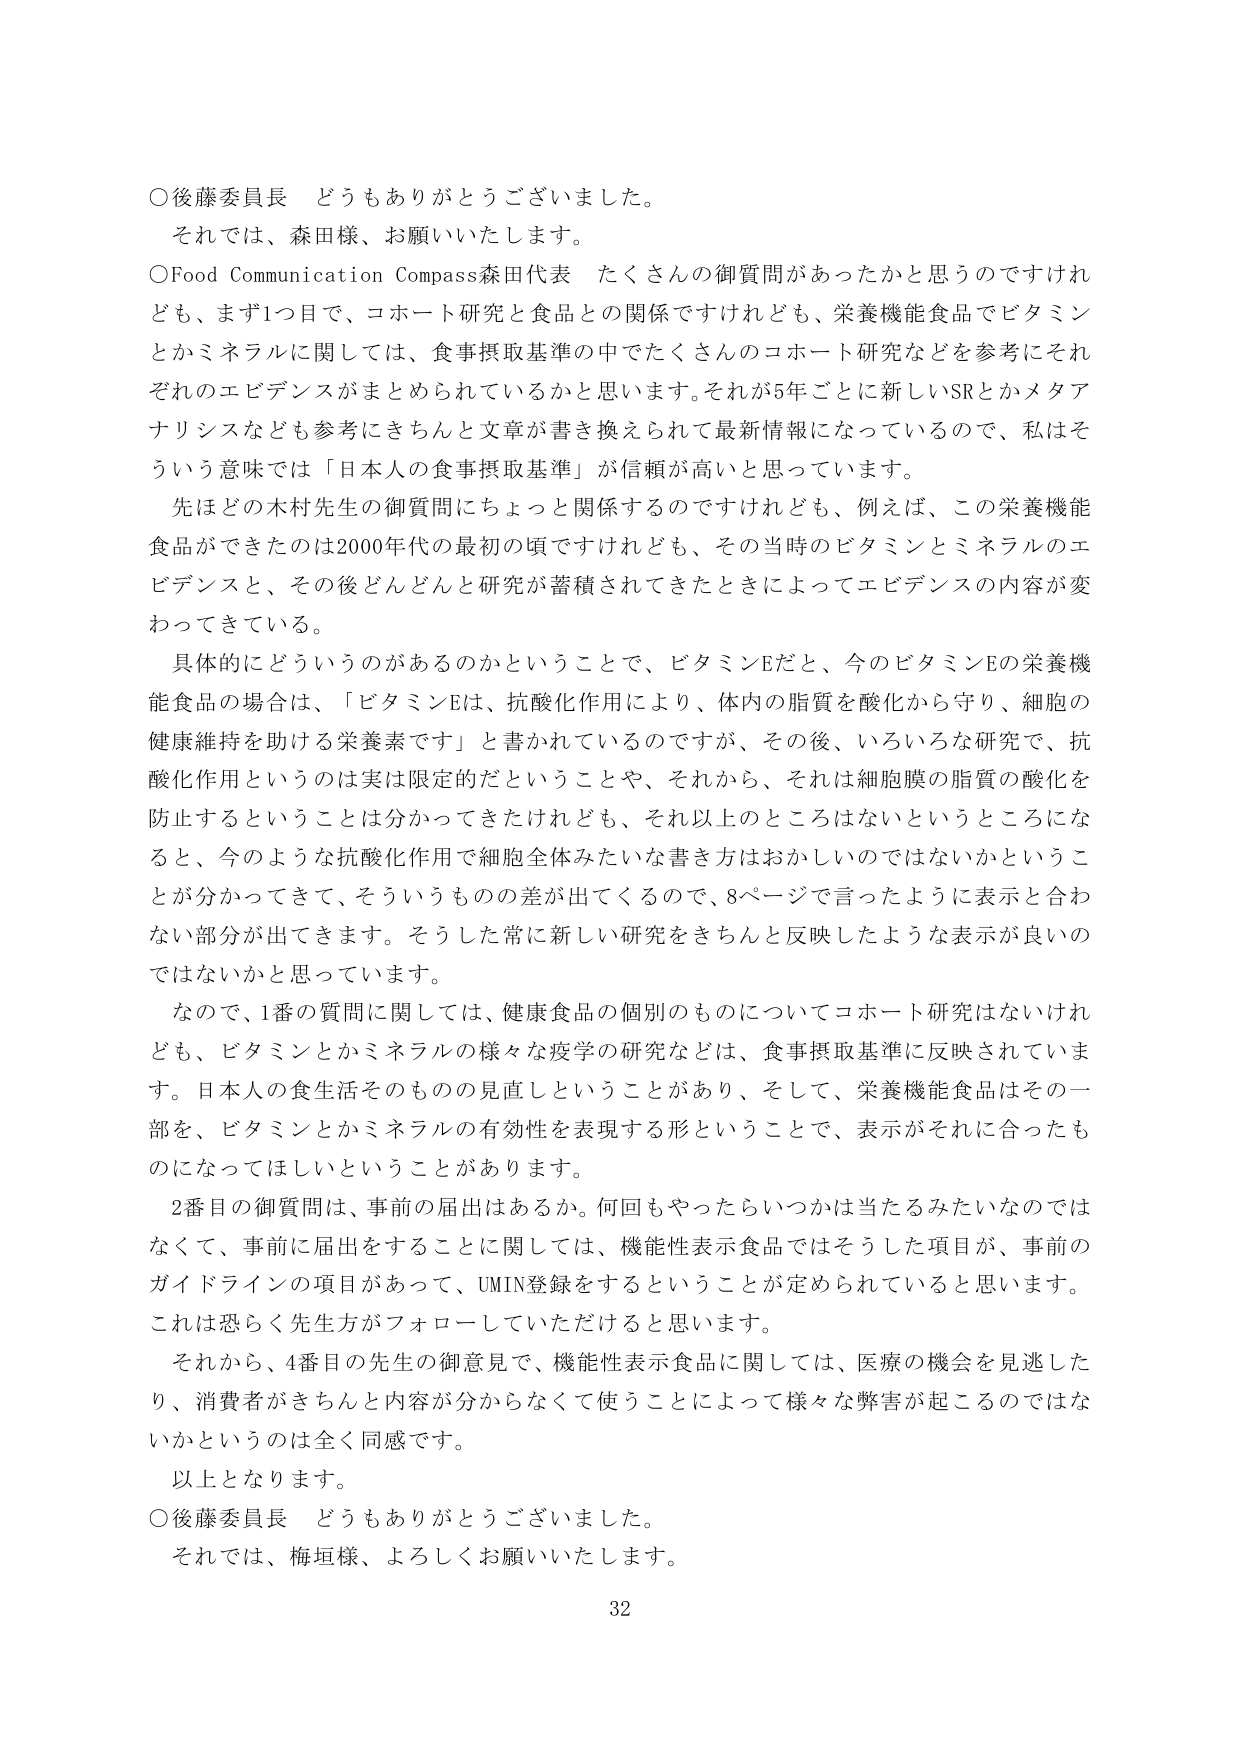
○後藤委員長　どうもありがとうございました。
　それでは、森田様、お願いいたします。
○Food Communication Compass森田代表　たくさんの御質問があったかと思うのですけれども、まず1つ目で、コホート研究と食品との関係ですけれども、栄養機能食品でビタミンとかミネラルに関しては、食事摂取基準の中でたくさんのコホート研究などを参考にそれぞれのエビデンスがまとめられているかと思います。それが5年ごとに新しいSRとかメタアナリシスなども参考にきちんと文章が書き換えられて最新情報になっているので、私はそういう意味では「日本人の食事摂取基準」が信頼が高いと思っています。
　先ほどの木村先生の御質問にちょっと関係するのですけれども、例えば、この栄養機能食品ができたのは2000年代の最初の頃ですけれども、その当時のビタミンとミネラルのエビデンスと、その後どんどんと研究が蓄積されてきたときによってエビデンスの内容が変わってきている。
　具体的にどういうのがあるのかということで、ビタミンEだと、今のビタミンEの栄養機能食品の場合は、「ビタミンEは、抗酸化作用により、体内の脂質を酸化から守り、細胞の健康維持を助ける栄養素です」と書かれているのですが、その後、いろいろな研究で、抗酸化作用というのは実は限定的だということや、それから、それは細胞膜の脂質の酸化を防止するということは分かってきたけれども、それ以上のところはないというところになると、今のような抗酸化作用で細胞全体みたいな書き方はおかしいのではないかということが分かってきて、そういうものの差が出てくるので、8ページで言ったように表示と合わない部分が出てきます。そうした常に新しい研究をきちんと反映したような表示が良いのではないかと思っています。
　なので、1番の質問に関しては、健康食品の個別のものについてコホート研究はないけれども、ビタミンとかミネラルの様々な疫学の研究などは、食事摂取基準に反映されています。日本人の食生活そのものの見直しということがあり、そして、栄養機能食品はその一部を、ビタミンとかミネラルの有効性を表現する形ということで、表示がそれに合ったものになってほしいということがあります。
　2番目の御質問は、事前の届出はあるか。何回もやったらいつかは当たるみたいなではなくて、事前に届出をすることに関しては、機能性表示食品ではそうした項目が、事前のガイドラインの項目があって、UMIN登録をするということが定められていると思います。これは恐らく先生方がフォローしていただけると思います。
　それから、4番目の先生の御意見で、機能性表示食品に関しては、医療の機会を見逃したり、消費者がきちんと内容が分からなくて使うことによって様々な弊害が起こるのではないかというのは全く同感です。
　以上となります。
○後藤委員長　どうもありがとうございました。
　それでは、梅垣様、よろしくお願いいたします。
32